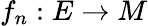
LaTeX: f_{n}:E\to M